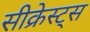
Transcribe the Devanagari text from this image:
सीक्रेस्ट्स